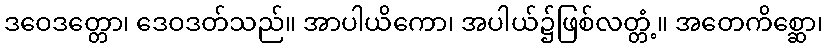
ဒဝေဒတ္တော၊ ဒေဝဒတ်သည်။ အာပါယိကော၊ အပါယ်၌ဖြစ်လတ္တံ့။ အတေကိစ္ဆော၊